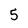
Character: 5